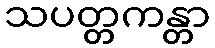
သပတ္တကန္တာ